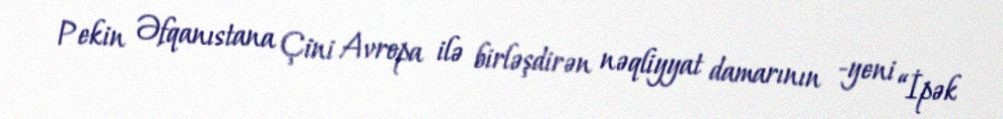
Pekin Əfqanıstana Çini Avropa ilə birləşdirən nəqliyyat damarının -yeni “İpək